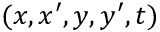
( x , x ^ { \prime } , y , y ^ { \prime } , t )